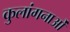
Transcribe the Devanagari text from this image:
कुलांगनाओं